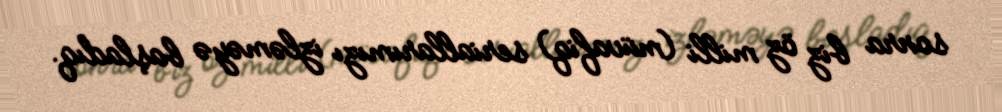
sonra biz öz milli (müvafiq) seriallarımızı izləməyə başladıq.